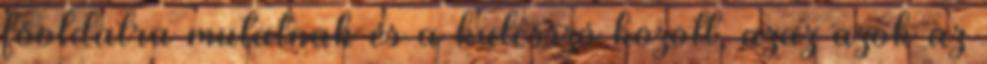
főoldalra mutatnak és a kulcsszó között, azaz azok az